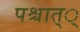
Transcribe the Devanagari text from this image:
पश्चात््